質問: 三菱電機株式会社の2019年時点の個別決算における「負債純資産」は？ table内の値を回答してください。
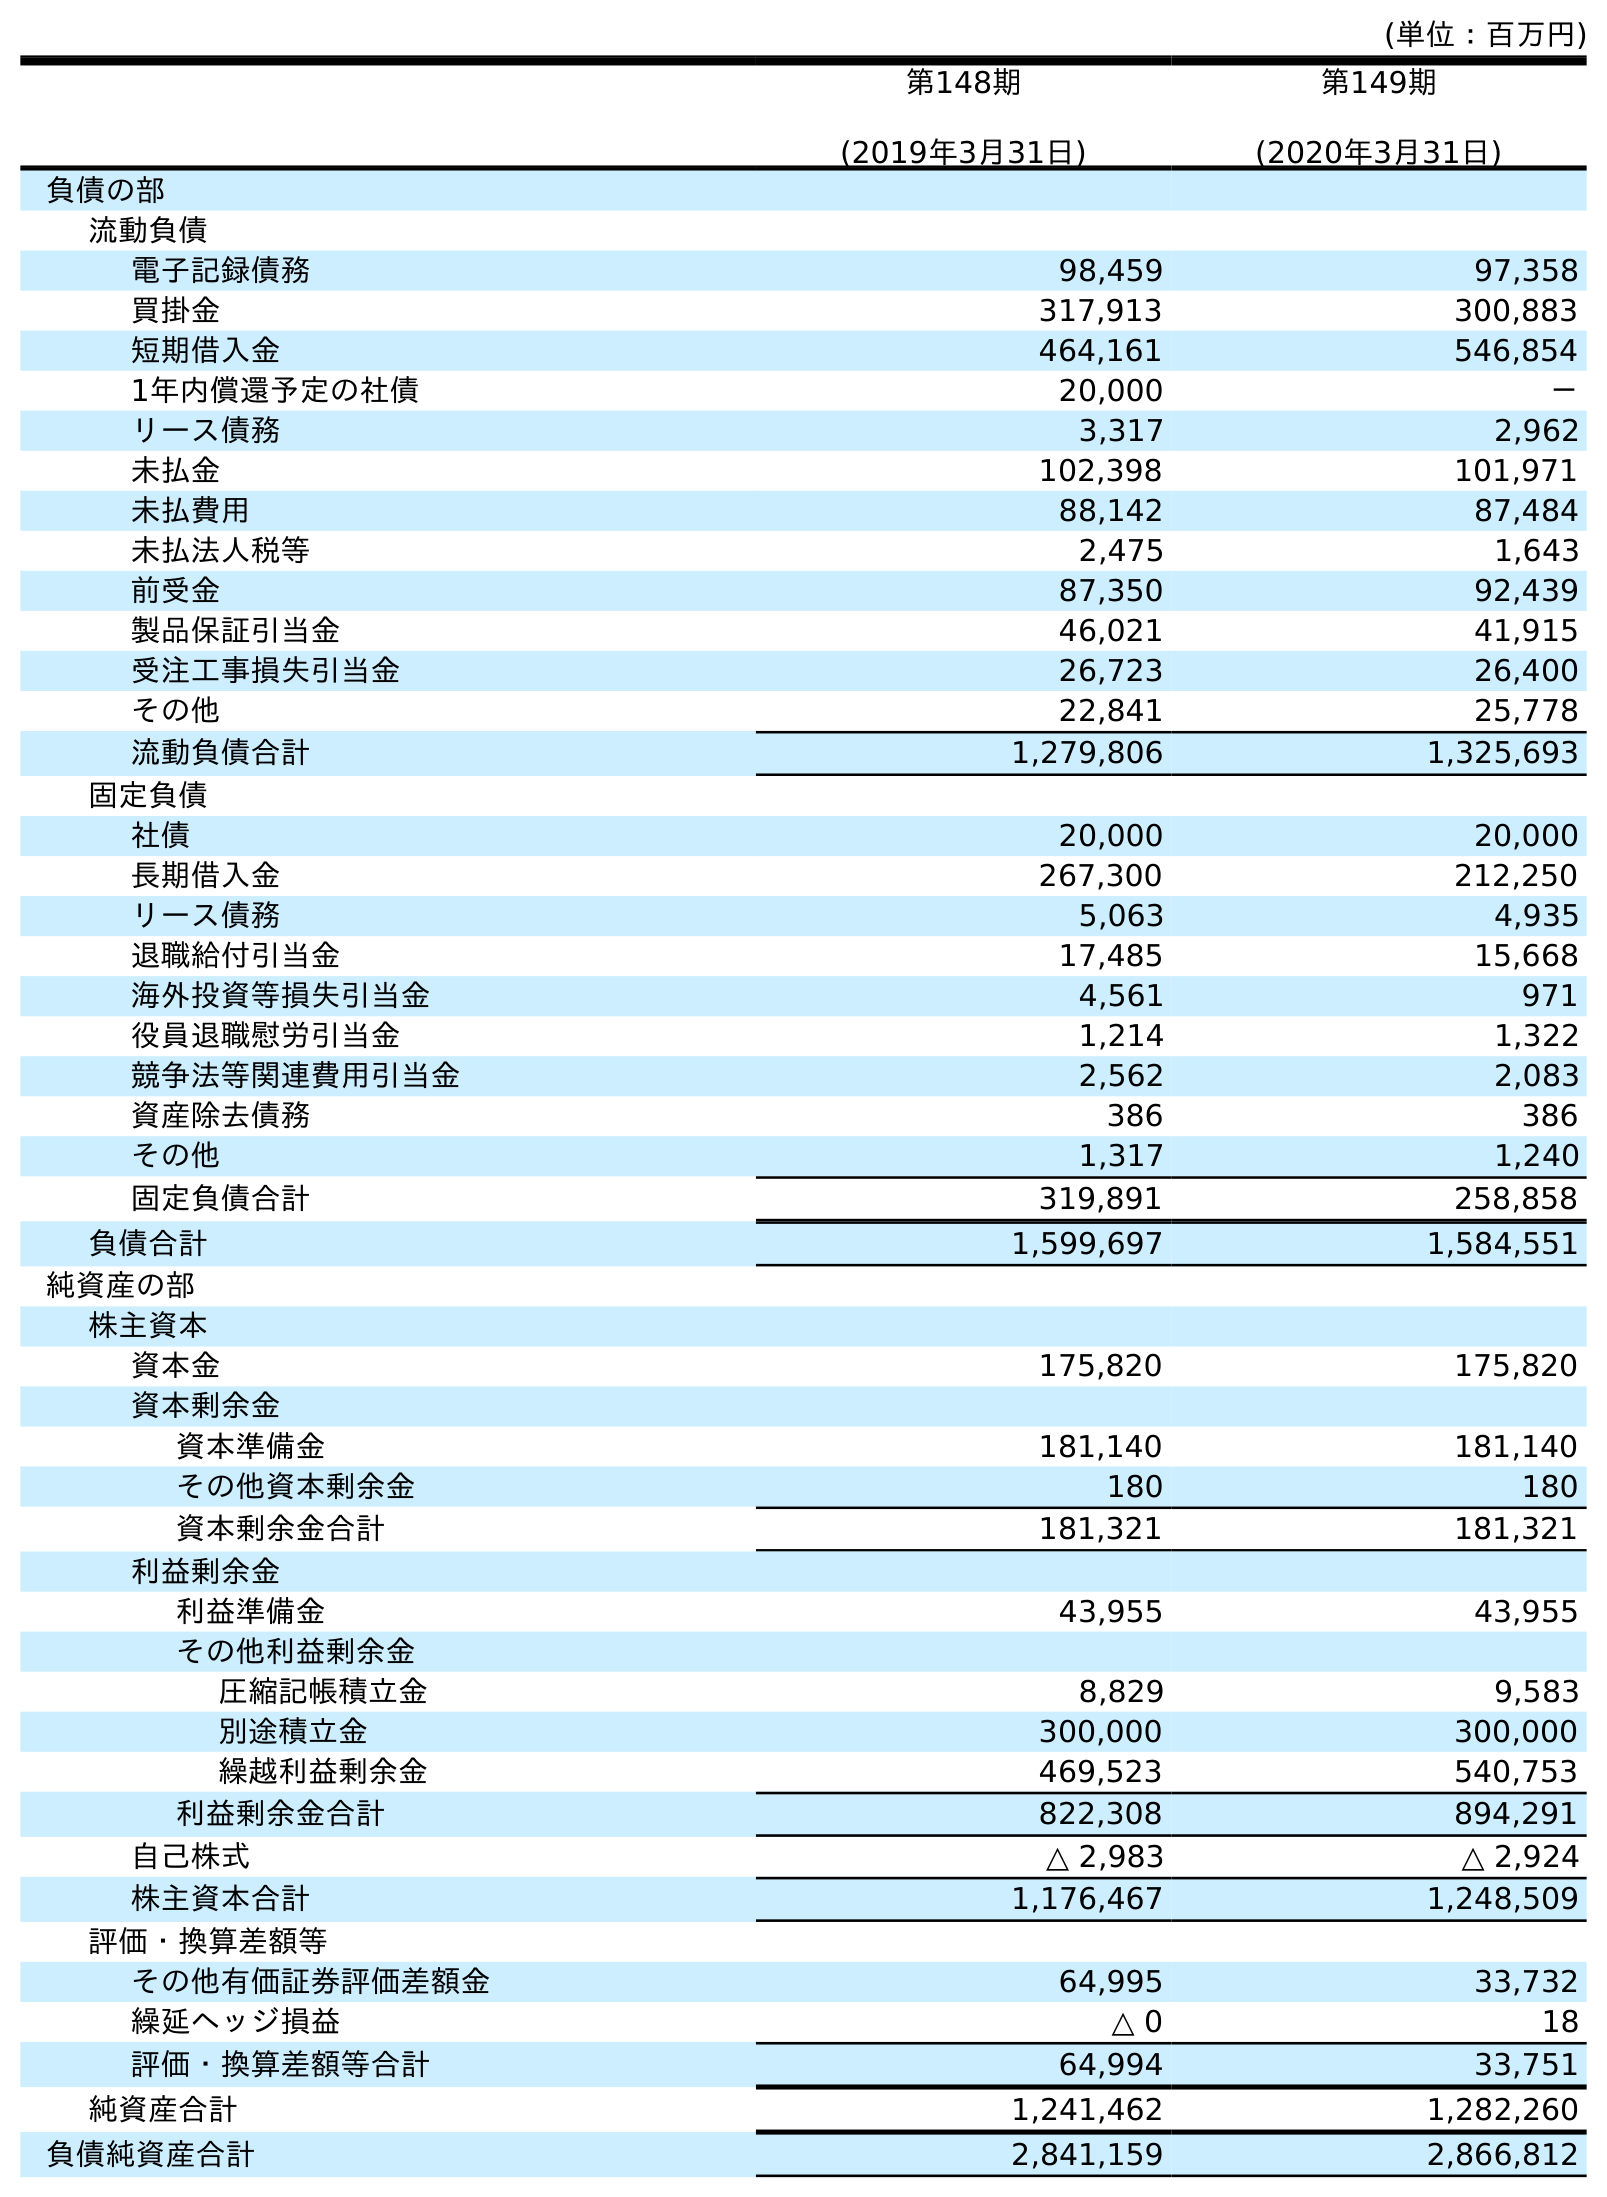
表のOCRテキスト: (単位：百万円) 第148期 (2019年3月31日) 第149期 (2020年3月31日) 負債の部 流動負債 電子記録債務 98,459 97,358 買掛金 317,913 300,883 短期借入金 464,161 546,854 1年内償還予定の社債 20,000 － リース債務 3,317 2,962 未払金 102,398 101,971 未払費用 88,142 87,484 未払法人税等 2,475 1,643 前受金 87,350 92,439 製品保証引当金 46,021 41,915 受注工事損失引当金 26,723 26,400 その他 22,841 25,778 流動負債合計 1,279,806 1,325,693 固定負債 社債 20,000 20,000 長期借入金 267,300 212,250 リース債務 5,063 4,935 退職給付引当金 17,485 15,668 海外投資等損失引当金 4,561 971 役員退職慰労引当金 1,214 1,322 競争法等関連費用引当金 2,562 2,083 資産除去債務 386 386 その他 1,317 1,240 固定負債合計 319,891 258,858 負債合計 1,599,697 1,584,551 純資産の部 株主資本 資本金 175,820 175,820 資本剰余金 資本準備金 181,140 181,140 その他資本剰余金 180 180 資本剰余金合計 181,321 181,321 利益剰余金 利益準備金 43,955 43,955 その他利益剰余金 圧縮記帳積立金 8,829 9,583 別途積立金 300,000 300,000 繰越利益剰余金 469,523 540,753 利益剰余金合計 822,308 894,291 自己株式 △ 2,983 △ 2,924 株主資本合計 1,176,467 1,248,509 評価・換算差額等 その他有価証券評価差額金 64,995 33,732 繰延ヘッジ損益 △ 0 18 評価・換算差額等合計 64,994 33,751 純資産合計 1,241,462 1,282,260 負債純資産合計 2,841,159 2,866,812
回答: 2,841,159